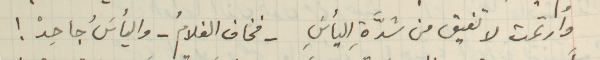
وارتمت لا تفيق من شدَّة اليأسَِ -فخاف الغلامُ- واليأسَُ، جاحِدْ!